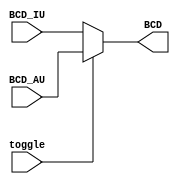
module Switch
(
	input toggle,
	input [43:0] BCD_IU,
	input [43:0] BCD_AU,
	output reg [43:0] BCD
);

always @(toggle, BCD_IU, BCD_AU)
begin

	if (toggle == 0)
		BCD <= BCD_IU;
		
	else
		BCD <= BCD_AU;
	
end
endmodule